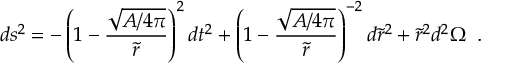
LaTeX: d s ^ { 2 } = - \left( 1 - { \frac { \sqrt { A / 4 \pi } } { \tilde { r } } } \right) ^ { 2 } d t ^ { 2 } + \left( 1 - { \frac { \sqrt { A / 4 \pi } } { \tilde { r } } } \right) ^ { - 2 } d \tilde { r } ^ { 2 } + \tilde { r } ^ { 2 } d ^ { 2 } \Omega \; \; .